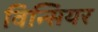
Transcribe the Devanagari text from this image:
विन्सियर